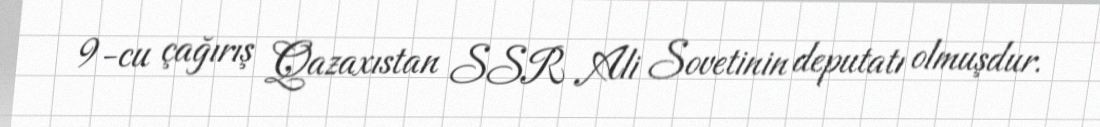
9-cu çağırış Qazaxıstan SSR Ali Sovetinin deputatı olmuşdur.